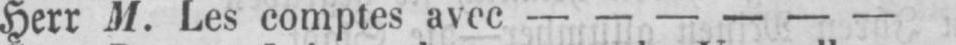
Herr M. Les comptes avec - - - - - -